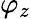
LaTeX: \varphi_{z}